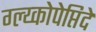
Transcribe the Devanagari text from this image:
ग्ल्य्कोपेप्तिदे